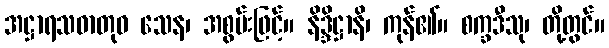
အဋ္ဌာရသဓာတုဝ သေန၊ အစွမ်းဖြင့်။ နိဒ္ဒိဋ္ဌာနိ၊ ကုန်၏။ စက္ခဒီသု၊ တို့တွင်။